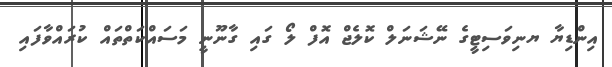
އިންޑިޔާ ޔނިވަސިޓީގެ ނޭޝަނަލް ކޮލެޖް އޮފް ލޯ ގައި ގާނޫނީ މަސައްކަތްތައް ކުރައްވާފައި